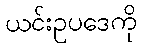
ယင်းဥပဒေကို